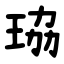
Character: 珕